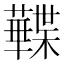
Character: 𧃹